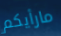
مارأيكم